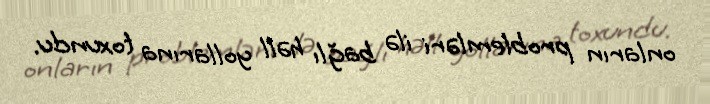
onların problemləri ilə bağlı həll yollarına toxundu.